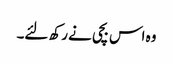
وہ اس بچی نے رکھ لئے۔